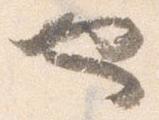
也